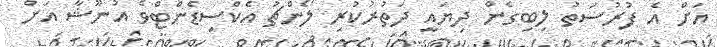
އަށް އެ ފުރުސަތު ލިބިގެން ދިޔައީ ދަތުރުކުރި ލޯންޗު އެކްސިޑެންޓްވެ އުނޫޝާ އަށް